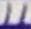
Text: 11